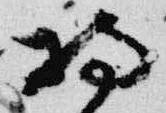
持